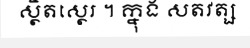
ស្ថិតស្ថេរ ។ ក្នុង សតវត្ស